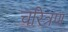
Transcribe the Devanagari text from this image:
चरित्रण